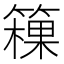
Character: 䉓